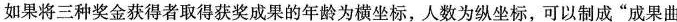
如果将三种奖金获得者取得获奖成果的年龄为横坐标，人数为纵坐标，可以制成”成果曲